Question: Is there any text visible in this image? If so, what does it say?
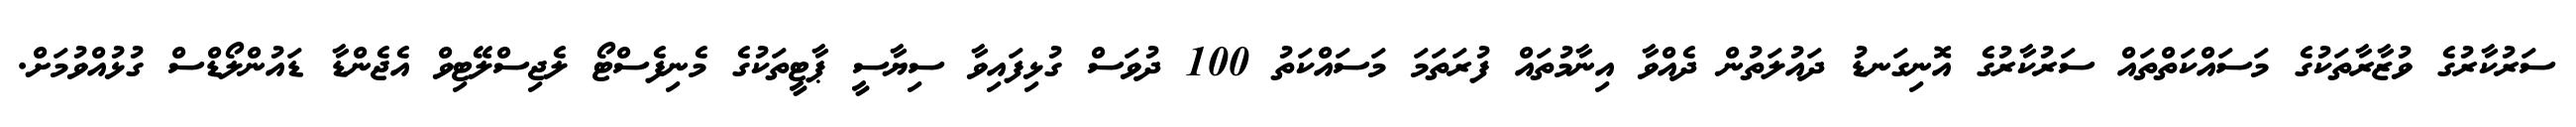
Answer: ސަރުކާރުގެ ވުޒާރާތަކުގެ މަސައްކަތްތައް ސަރުކާރުގެ އޮނިގަނޑު ދައުލަތުން ދެއްވާ އިނާމުތައް ފުރަތަމަ މަސައްކަތު 100 ދުވަސް ގުޅިފައިވާ ސިޔާސީ ޕާޓީތަކުގެ މެނިފެސްޓޯ ލެޖިސްލޭޓިވް އެޖެންޑާ ޑައުންލޯޑްސް ގުޅުއްވުމަށް.